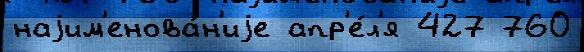
наjим'енова́н'иjе апр'е́л'я 427 760